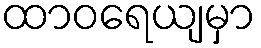
ထာဝရေယျမှာ